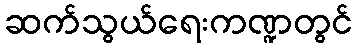
ဆက်သွယ်ရေးကဏ္ဍတွင်